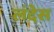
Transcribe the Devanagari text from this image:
लंदेस